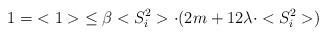
LaTeX: \begin{align*}1 =\; <1>\; \leq \beta <S^2_i> \cdot (2m + 12 \lambda \cdot <S^2_i>)\end{align*}